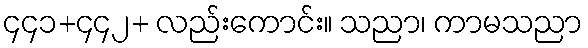
၄၄၁+၄၄၂+ လည်းကောင်း။ သညာ၊ ကာမသညာ